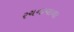
રચનાવાળા